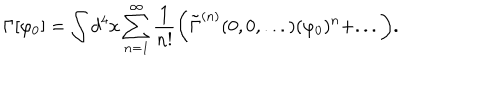
\Gamma [ \varphi _ { 0 } ] = \int d ^ { 4 } x \sum _ { n = 1 } ^ { \infty } \frac { 1 } { n ! } \biggr ( \tilde { \Gamma } ^ { ( n ) } ( 0 , 0 , . . . ) ( \varphi _ { 0 } ) ^ { n } + . . . \biggr ) .